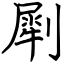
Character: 㓾